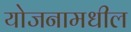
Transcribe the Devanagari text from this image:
योजनामधील